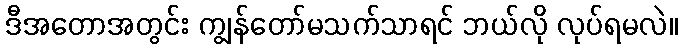
ဒီအတောအတွင်း ကျွန်တော်မသက်သာရင် ဘယ်လို လုပ်ရမလဲ။